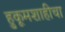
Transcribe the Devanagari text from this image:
हुकूमशाहीचा